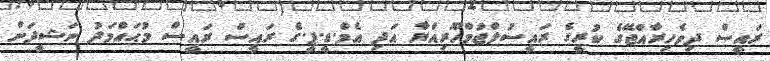
ރައީސް ދިވެހިރާއްޖޭގެ ކުރީގެ ރައީސުލްޖުމްހޫރިއްޔާ އަދި އެމް.ޑީ.ޕީ.ގެ ރައީސް ރައީސް މުޙައްމަދު ނަޝީދަށް